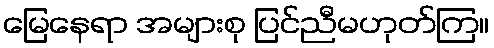
မြေနေရာ အများစု ပြင်ညီမဟုတ်ကြ။